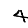
Digit: 4